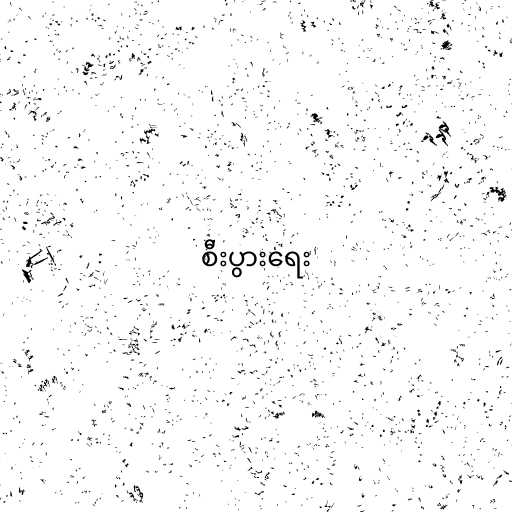
စီးပွားရေး